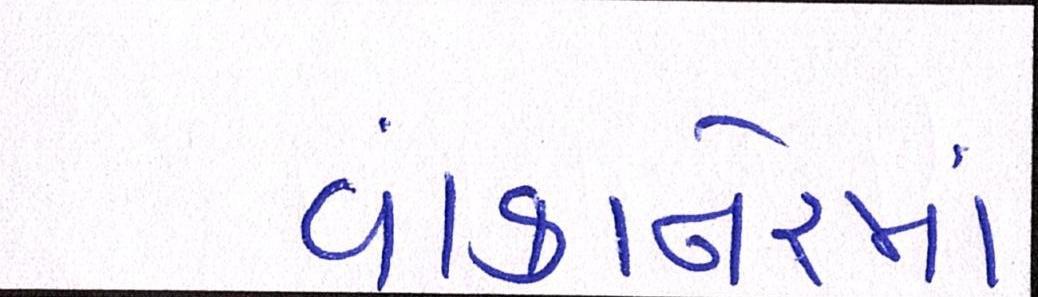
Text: વાંકાનેરમાં